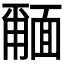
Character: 𮧎